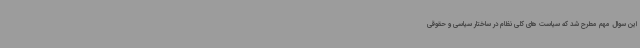
این سوال مهم مطرح شد که سیاست های کلی نظام در ساختار سیاسی و حقوقی